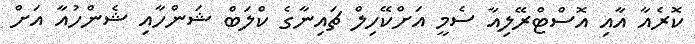
ކޮރެއާ އާއި އޮސްޓްރޭލިއާ ސެމީ އަށްކޭހިލް ޗައިނާގެ ކްލަބް ޝަންހާއި ޝެންހުއާ އަށް